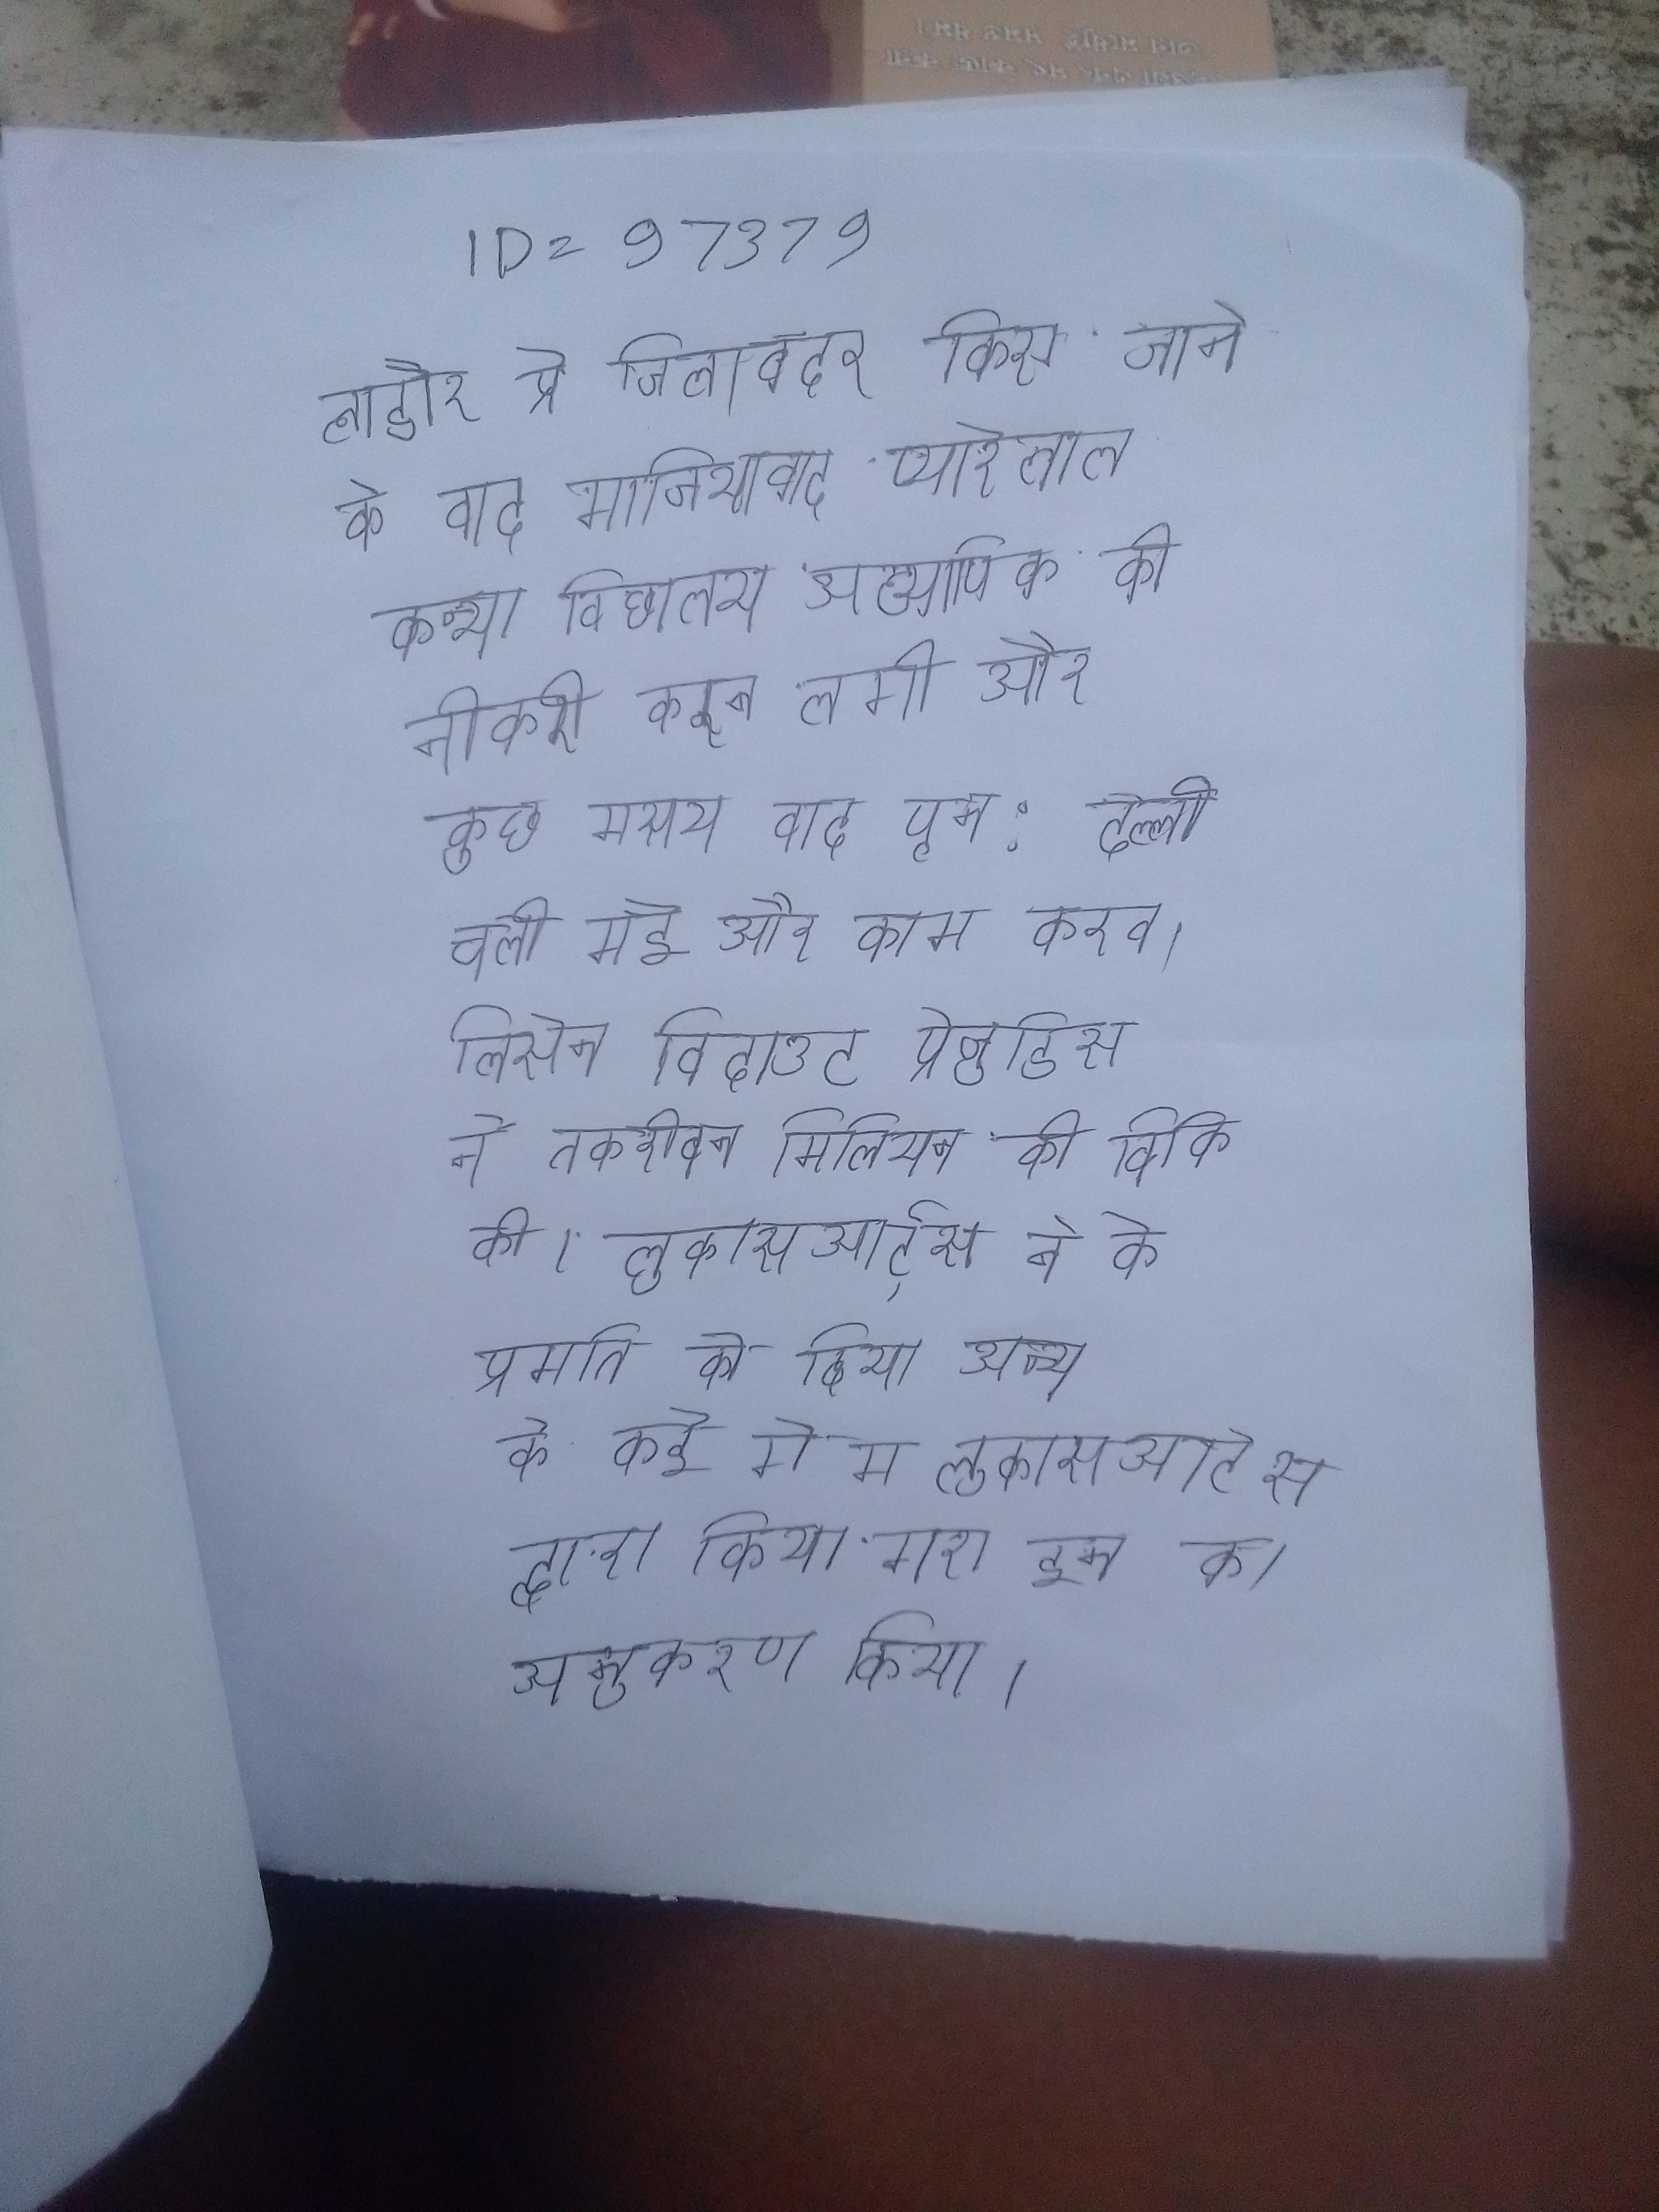
लाहौर से जिलाबदर किए जाने के बाद गाजियाबाद प्यारेलाल कन्या विद्यालय अध्यापिका की नौकरी करने लगी और कुछ समय बाद पुन: दिल्ली चली गई और काम करने । लिसेन विदाउट प्रेजुडिस ने तकरीबन मिलियन की बिक्री की । लुकासआर्ट्स ने के प्रगति के के द्वारा की प्रणाली को दिया अन्य के कई गेम लुकासआर्ट्स द्वारा किए गए इन का अनुकरण किया ।